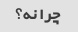
چرا نه؟